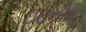
ઇરાનીક